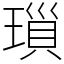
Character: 𤨏